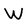
Character: W